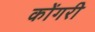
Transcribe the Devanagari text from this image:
कोंगरी